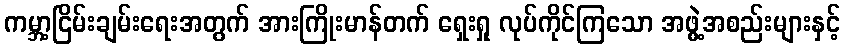
ကမ္ဘာ့ငြိမ်းချမ်းရေးအတွက် အားကြိုးမာန်တက် ရှေးရှု လုပ်ကိုင်ကြသော အဖွဲ့အစည်းများနှင့်